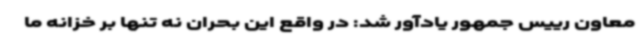
معاون رییس جمهور یادآور شد: در واقع این بحران نه تنها بر خزانه ما